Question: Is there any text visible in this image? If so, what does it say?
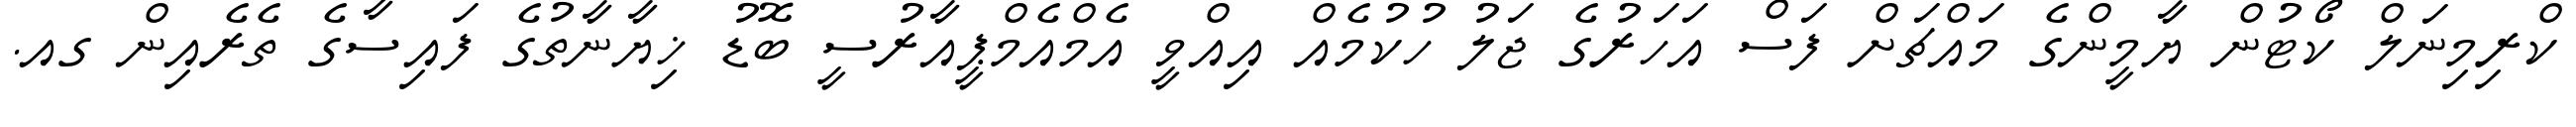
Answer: ކްރިމިނަލް ކޯޓުން ޔާމީންގެ މައްޗަށް ފަސް އަހަރުގެ ޖަލު ހުކުމެއް އިއްވީ އެމްއެމްޕީއާރުސީ ބޮޑު ޚިޔާނާތުގެ ފައިސާގެ ތެރެއިން ގއ.